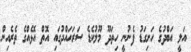
އަލީ އަބްދުގެ ހަށިގަޑު ފެނުނީ ހިތަދޫ މޫލުކެޑެ ސަރަހައްދުގައި އޮތް އޮޅެއްގެ ތެރެއިން